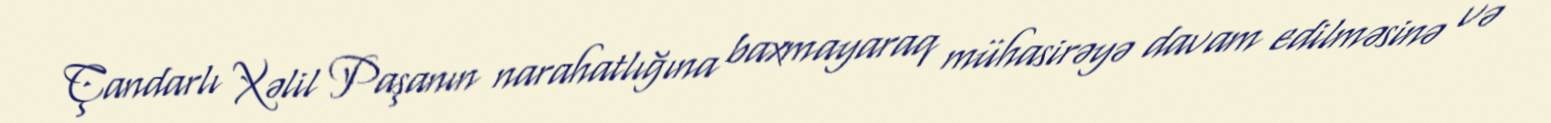
Çandarlı Xəlil Paşanın narahatlığına baxmayaraq mühasirəyə davam edilməsinə və